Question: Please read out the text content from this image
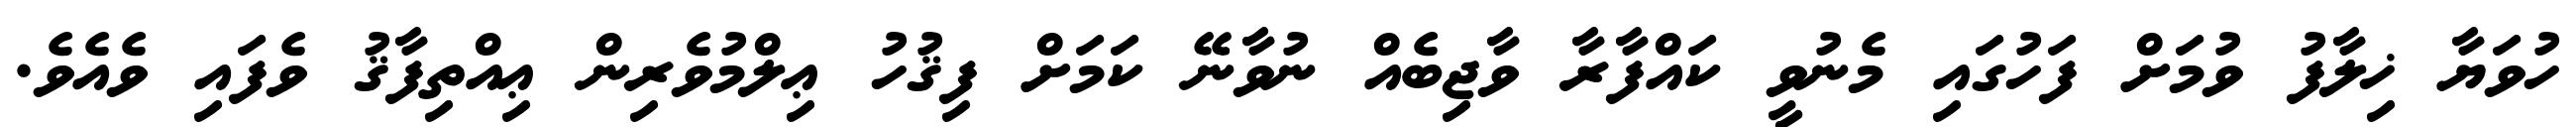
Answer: ހުވަޔާ ޚިލާފު ވުމަށް ފަހުގައި މެނުވީ ކައްފާރާ ވާޖިބެއް ނުވާނޭ ކަމަށް ފިޤުހު ޢިލްމުވެރިން ޢިއްތިފާޤު ވެފައި ވެއެވެ.